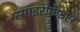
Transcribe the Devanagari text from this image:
स्पाइरोकेटस